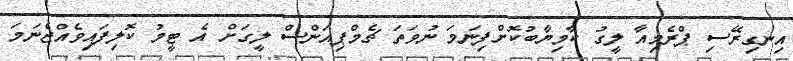
އިނގިރޭސި ޕްރެމިއާ ލީގު ކާމިޔާބުކޮށްފިނަމަ ނުވަތަ ޗެމްޕިއަންސް ލީގަށް އެ ޓީމު ކޮލިފައިވެއްޖެނަމަ